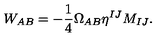
W _ { A B } = - { \frac { 1 } { 4 } } \Omega _ { A B } \eta ^ { I J } M _ { I J } .